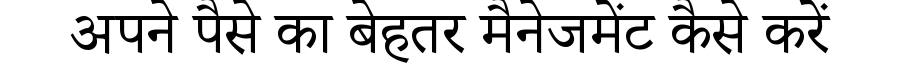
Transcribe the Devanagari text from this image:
अपने पैसे का बेहतर मैनेजमेंट कैसे करें